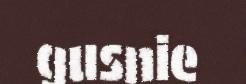
gusnie